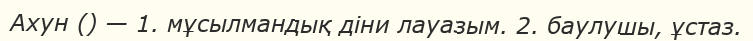
Ахун () — 1. мұсылмандық діни лауазым. 2. баулушы, ұстаз.